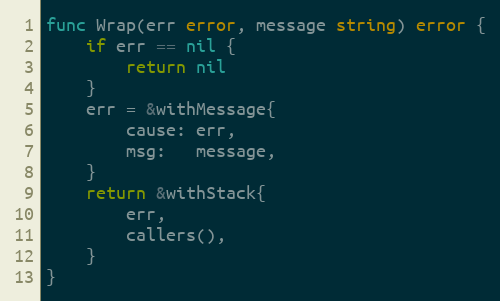
Language: Go
func Wrap(err error, message string) error {
	if err == nil {
		return nil
	}
	err = &withMessage{
		cause: err,
		msg:   message,
	}
	return &withStack{
		err,
		callers(),
	}
}